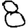
Digit: 8